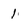
Character: 1